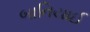
બાનિયાઈ